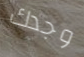
وجدك